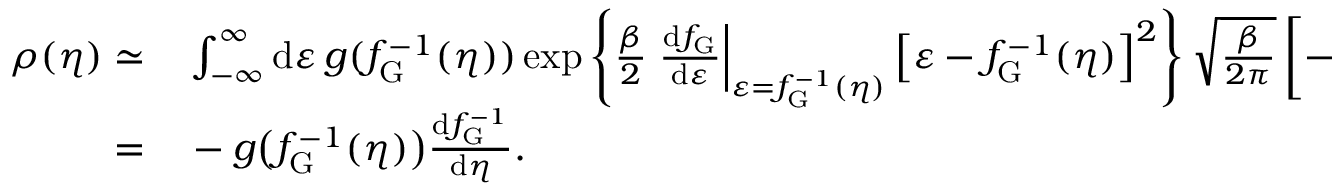
\begin{array} { r l } { \rho ( \eta ) \simeq } & { { } \int _ { - \infty } ^ { \infty } \mathrm { d } \varepsilon \, g ( f _ { \mathrm { G } } ^ { - 1 } ( \eta ) ) \exp \left\lbrace \frac { \beta } { 2 } \left. \frac { \mathrm { d } f _ { \mathrm { G } } } { \mathrm { d } \varepsilon } \right| _ { \varepsilon = f _ { \mathrm { G } } ^ { - 1 } ( \eta ) } \left[ \varepsilon - f _ { \mathrm { G } } ^ { - 1 } ( \eta ) \right] ^ { 2 } \right\rbrace \sqrt { \frac { \beta } { 2 \pi } } \left[ - \frac { \mathrm { d } f _ { \mathrm { G } } ^ { - 1 } } { \mathrm { d } \eta } \right] ^ { 1 / 2 } } \\ { = } & { { } - g \big ( f _ { \mathrm { G } } ^ { - 1 } ( \eta ) \big ) \frac { \mathrm { d } f _ { \mathrm { G } } ^ { - 1 } } { \mathrm { d } \eta } . } \end{array}